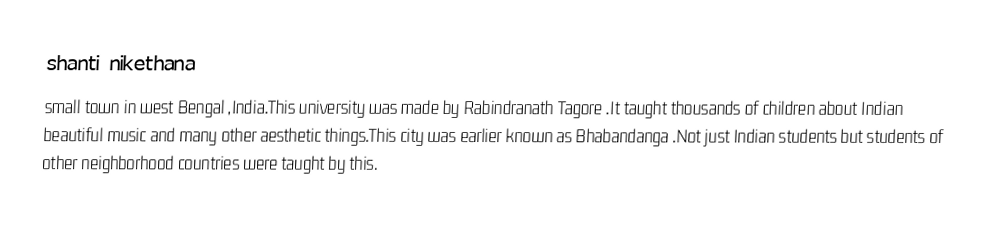
shanti nikethana
 small town in west Bengal ,India.This university was made by Rabindranath Tagore .It taught thousands of children about Indian beautiful music and many other aesthetic things.This city was earlier known as Bhabandanga .Not just Indian students  but students of other neighborhood countries were taught by this.